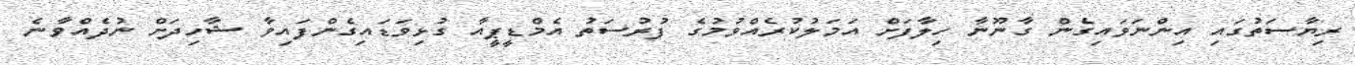
ރިޔާސަތުގައި އިންނަވައިގެން ގާނޫނާ ހިލާފަށް އަމަލުކުރެއްވުމުގެ ފުރުސަތު އެމްޑީޕީއާ ގުޅިވަޑައިގެންފައިވާ ޝާހިދަށް ނުދެއްވާނެ